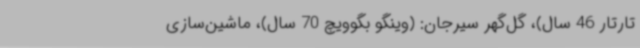
تارتار 46 سال)، گل‌گهر سیرجان: (وینگو بگوویچ 70 سال)، ماشین‌سازی